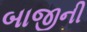
બાજીની